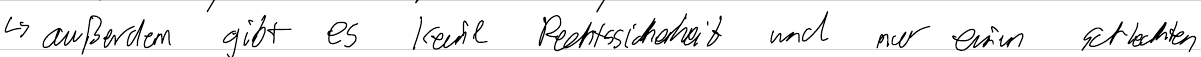
-> außerdem gibt es keine Rechtssicherheit und nur einen schlechten